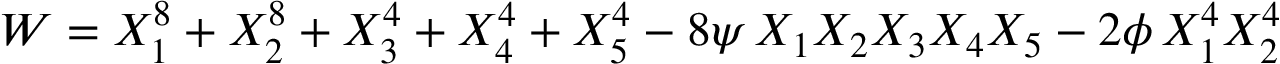
{ \cal W } = X _ { 1 } ^ { 8 } + X _ { 2 } ^ { 8 } + X _ { 3 } ^ { 4 } + X _ { 4 } ^ { 4 } + X _ { 5 } ^ { 4 } - 8 \psi \, X _ { 1 } X _ { 2 } X _ { 3 } X _ { 4 } X _ { 5 } - 2 \phi \, X _ { 1 } ^ { 4 } X _ { 2 } ^ { 4 }